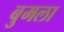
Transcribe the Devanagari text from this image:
बुमला